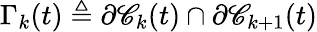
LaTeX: \Gamma_{k}(t)\triangleq\partial\mathscr{C}_{k}(t)\cap\partial\mathscr{C}_{k+1}(t)